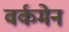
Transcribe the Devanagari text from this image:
वर्कमेन